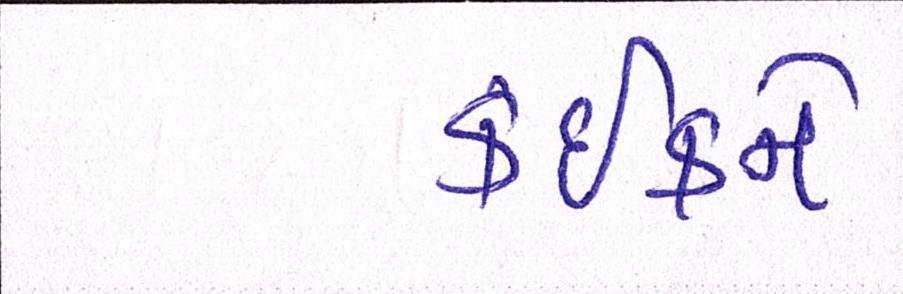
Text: કંઈકને